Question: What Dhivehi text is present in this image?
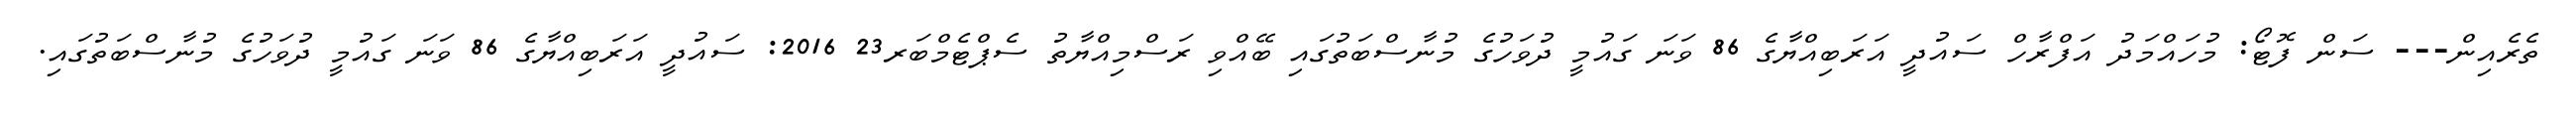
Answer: ތެރެއިން--- ސަން ފޮޓޯ: މުހައްމަދު އަފްރާހް ސައުދީ އަރަބިއްޔާގެ 86 ވަނަ ގައުމީ ދުވަހުގެ މުނާސްބަތުގައި ބޭއްވި ރަސްމިއްޔާތު ސެޕްޓެމްބަރ23 2016: ސައުދީ އަރަބިއްޔާގެ 86 ވަނަ ގައުމީ ދުވަހުގެ މުނާސްބަތުގައި.